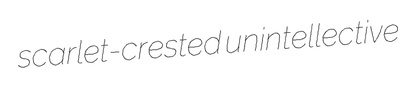
scarlet-crested unintellective